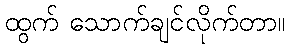
ထွက် သောက်ချင်လိုက်တာ။